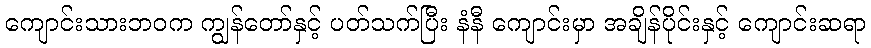
ကျောင်းသားဘဝက ကျွန်တော်နှင့် ပတ်သက်ပြီး နံနီ ကျောင်းမှာ အချိန်ပိုင်းနှင့် ကျောင်းဆရာ